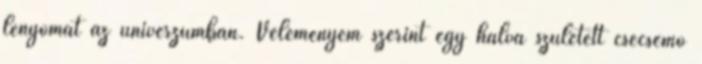
lenyomat az univerzumban. Véleményem szerint egy halva született csecsemő